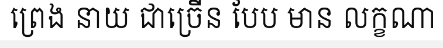
ព្រេង នាយ ជាច្រើន បែប មាន លក្ខណា